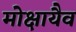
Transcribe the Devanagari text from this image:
मोक्षायैव